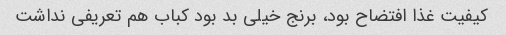
کیفیت غذا افتضاح بود، برنج خیلی بد بود کباب هم تعریفی نداشت